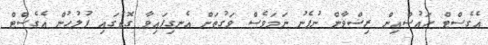
އެގެސްޓް ހައުސްއިން ރިޟްވާން ނުފެނު ނަމަވެސް ވަގުތަށް އެނގިފައިވާ ގޮތުގައި ފުލުހުން އެގެސްޓް